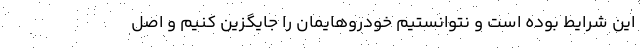
این شرایط بوده است و نتوانستیم خودروهایمان را جایگزین کنیم و اصل